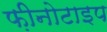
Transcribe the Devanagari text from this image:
फ़ीनोटाइप